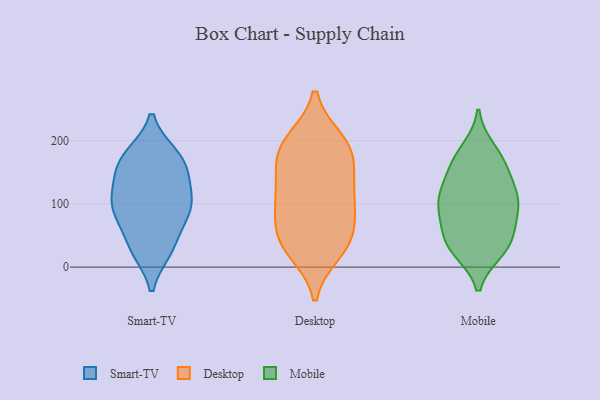
{"axis": {"x": "Backlog", "y": "Value"}, "legend": ["Desktop", "Mobile", "Smart-TV"], "data": [{"x": "", "y": 135, "type": "Smart-TV"}, {"x": "", "y": 157, "type": "Smart-TV"}, {"x": "", "y": 145, "type": "Smart-TV"}, {"x": "", "y": 96, "type": "Smart-TV"}, {"x": "", "y": 104, "type": "Smart-TV"}, {"x": "", "y": 177, "type": "Smart-TV"}, {"x": "", "y": 32, "type": "Smart-TV"}, {"x": "", "y": 175, "type": "Smart-TV"}, {"x": "", "y": 175, "type": "Smart-TV"}, {"x": "", "y": 88, "type": "Smart-TV"}, {"x": "", "y": 79, "type": "Smart-TV"}, {"x": "", "y": 85, "type": "Smart-TV"}, {"x": "", "y": 112, "type": "Smart-TV"}, {"x": "", "y": 29, "type": "Smart-TV"}, {"x": "", "y": 27, "type": "Smart-TV"}, {"x": "", "y": 105, "type": "Desktop"}, {"x": "", "y": 199, "type": "Desktop"}, {"x": "", "y": 175, "type": "Desktop"}, {"x": "", "y": 60, "type": "Desktop"}, {"x": "", "y": 116, "type": "Desktop"}, {"x": "", "y": 200, "type": "Desktop"}, {"x": "", "y": 37, "type": "Desktop"}, {"x": "", "y": 93, "type": "Desktop"}, {"x": "", "y": 34, "type": "Desktop"}, {"x": "", "y": 147, "type": "Desktop"}, {"x": "", "y": 110, "type": "Desktop"}, {"x": "", "y": 169, "type": "Desktop"}, {"x": "", "y": 189, "type": "Desktop"}, {"x": "", "y": 52, "type": "Desktop"}, {"x": "", "y": 25, "type": "Desktop"}, {"x": "", "y": 36, "type": "Mobile"}, {"x": "", "y": 155, "type": "Mobile"}, {"x": "", "y": 29, "type": "Mobile"}, {"x": "", "y": 108, "type": "Mobile"}, {"x": "", "y": 185, "type": "Mobile"}, {"x": "", "y": 98, "type": "Mobile"}, {"x": "", "y": 53, "type": "Mobile"}, {"x": "", "y": 27, "type": "Mobile"}, {"x": "", "y": 83, "type": "Mobile"}, {"x": "", "y": 126, "type": "Mobile"}, {"x": "", "y": 79, "type": "Mobile"}, {"x": "", "y": 113, "type": "Mobile"}, {"x": "", "y": 162, "type": "Mobile"}, {"x": "", "y": 108, "type": "Mobile"}, {"x": "", "y": 38, "type": "Mobile"}, {"x": "", "y": 171, "type": "Mobile"}]}